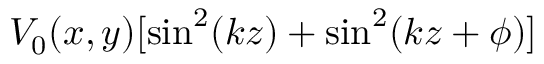
V _ { 0 } ( x , y ) [ \sin ^ { 2 } ( k z ) + \sin ^ { 2 } ( k z + \phi ) ]